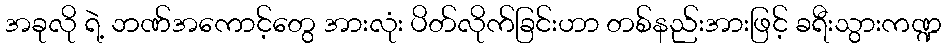
အခုလို ရဲ့ ဘဏ်အကောင့်တွေ အားလုံး ပိတ်လိုက်ခြင်းဟာ တစ်နည်းအားဖြင့် ခရီးသွားကဏ္ဍ